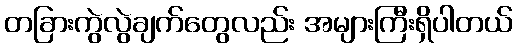
တခြားကွဲလွဲချက်တွေလည်း အများကြီးရှိပါတယ်